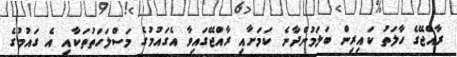
ރާއްޖޭގެ ހާލަތު ކައިރިން ބަލަމުންދާނެ ކަމަށާއި ރާއްޖޭގައިވާ އެގައުމުގެ މަސްލަހަތުތަކާއި އެ ގައުމުގެ